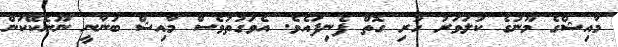
މާއިޝްގެ މޫނުގެ ކުލަވަރު ހުރި ގޮތް ފެނިފައެވެ. އެވަގުތުވެސް މާއިޝް ބުނާނީ ނޫނެކޭކަން